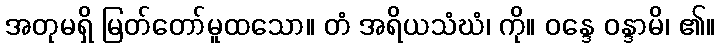
အတုမရှိ မြတ်တော်မူထသော။ တံ အရိယသံဃံ၊ ကို။ ဝန္ဒေ ဝန္ဒာမိ၊ ၏။